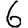
Digit: 6